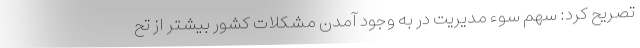
تصریح کرد: سهم سوء مدیریت در به وجود آمدن مشکلات کشور بیشتر از تح